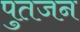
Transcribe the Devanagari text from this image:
पुतजन